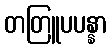
တတြူပပန္နာ